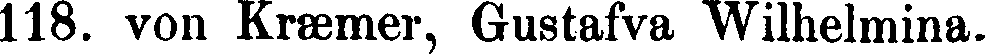
118. von Kræmer, Gustafva Wilhelmina.